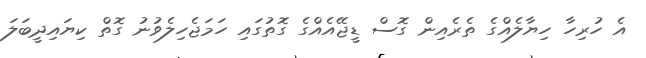
އެ ހުރިހާ ހިޔާލެއްގެ ތެރެއިން ގޮސް ޑީޖޭއެއްގެ ގޮތުގައި ހަމަޖެހިލެވުނު ގޮތް ކިޔައިދީބަލަ